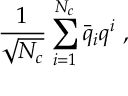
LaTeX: { \frac { 1 } { \sqrt { N _ { c } } } } \sum _ { i = 1 } ^ { N _ { c } } \bar { q } _ { i } q ^ { i } \ ,